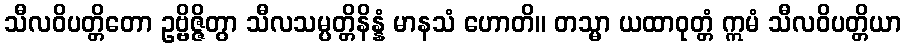
သီလဝိပတ္တိတော ဥဗ္ဗိဇ္ဇိတွာ သီလသမ္ပတ္တိနိန္နံ မာနသံ ဟောတိ။ တသ္မာ ယထာဝုတ္တံ ဣမံ သီလဝိပတ္တိယာ